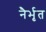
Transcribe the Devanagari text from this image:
नैर्भृत